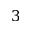
3